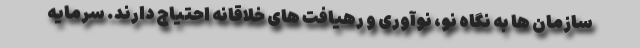
سازمان ها به نگاه نو، نوآوری و رهیافت های خلاقانه احتیاج دارند. سرمایه